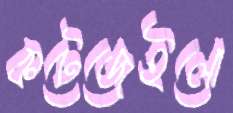
কটেজেইলো